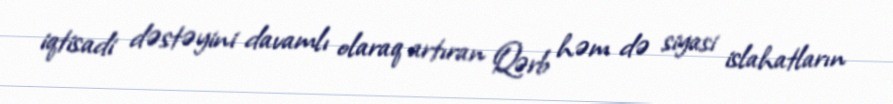
iqtisadi dəstəyini davamlı olaraq artıran Qərb həm də siyasi islahatların